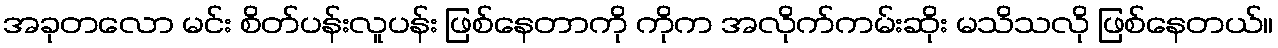
အခုတလော မင်း စိတ်ပန်းလူပန်း ဖြစ်နေတာကို ကိုက အလိုက်ကမ်းဆိုး မသိသလို ဖြစ်နေတယ်။